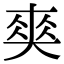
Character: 𠁊